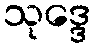
သုဒ္ဒေ